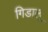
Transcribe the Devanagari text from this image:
गिडालू